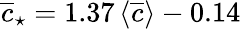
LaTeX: \overline{{c}}_{\star}=1.37\, \langle\overline{{c}}\rangle-0.14